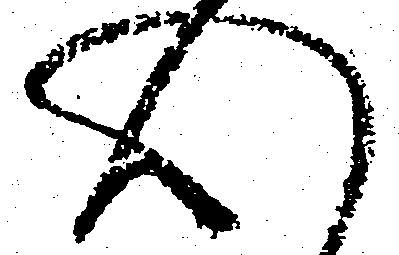
心